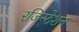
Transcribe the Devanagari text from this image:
रजिस्टेशन